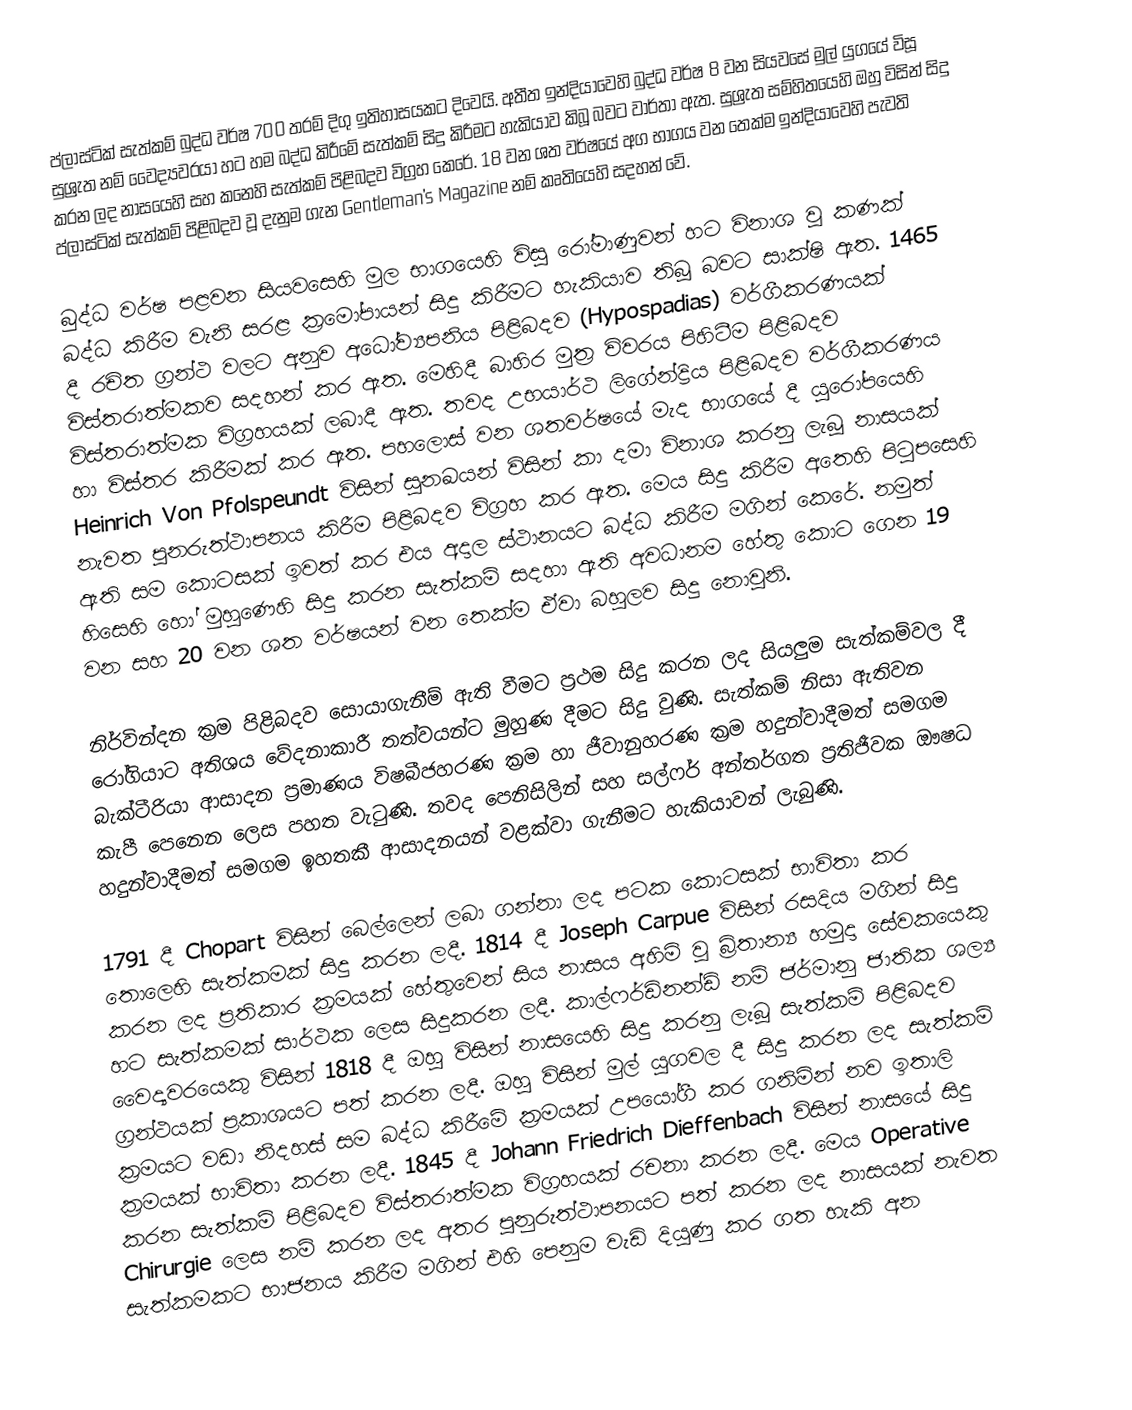
ප්ලාස්ටික් සැත්කම් බුද්ධ වර්ෂ 700 තරම් දිගු ඉතිහාසයකට දිවෙයි.  අතීත ඉන්දියාවෙහි බුද්ධ වර්ෂ 8 වන සියවසේ මුල් යුගයේ විසූ සුශ්‍රැත නම් වෛද්‍යවරයා හට හම බද්ධ කිරීමේ සැත්කම් සිදු කිරීම‍ට හැකියාව කිබූ බවට වාර්තා ඇත. සුශ්‍රැත සම්හිතයෙහි ඔහු විසින් සිදු කරන ලද නාසයෙහි සහ කනෙහි සැත්කම් පිළිබදව විග්‍රහ කෙරේ. 18 වන ශත වර්ෂයේ අග භාගය වන තෙක්ම ඉන්දියාවෙහි පැවති ප්ලාස්ටික් සැත්කම් පිළිබදව වූ දැනුම ගැන Gentleman’s Magazine නම් කෘතියෙහි සදහන් වේ.

බුද්ධ වර්ෂ පළවන සියවසෙහි මුල භාගයෙහි විසු රෝමාණුවන් හට විනාශ වූ කණක් බද්ධ කිරීම වැනි සරළ ක්‍රමෝපායන් සිදු කිරීමට හැකියාව තිබූ බවට සාක්ෂි ඇත. 1465 දී රචිත ග්‍රන්ථ වලට අනුව අධෝව්‍යපනිය පිළිබදව (Hypospadias) වර්ගීකරණයක් විස්තරාත්මකව සදහන් කර ඇත.  මෙහිදී බාහිර මුත්‍ර විවරය පිහිටීම පිළිබදව විස්තරාත්මක විග්‍රහයක් ලබාදී ඇත. තවද උභයාර්ථ ලිගේන්ද්‍රිය පිළිබදව වර්ගීකරණය හා විස්තර කිරීමක් කර ඇත. පහලොස් වන ශතවර්ෂයේ මැද භාගයේ දී යුරෝපයෙහි Heinrich Von Pfolspeundt  විසින් සුනඛයන් විසින් කා දමා විනාශ කරනු ලැබූ නාසයක් නැවත පුනරුත්ථාපනය කිරීම පිළිබදව විග්‍රහ කර ඇත. මෙය සිදු කිරීම අතෙහි පිටුපසෙහි ඇති සම කොටසක් ඉවත් කර එය අදාල ස්ථානයට බද්ධ කිරීම මගින් කෙරේ. නමුත් හිසෙහි හෝ මුහුණෙහි සිදු කරන සැත්කම් සදහා ඇති අවධානම හේතු කොට ගෙන 19 වන සහ 20 වන ශත වර්ෂයන් වන තෙක්ම ඒවා බහුලව  සිදු නොවුනි.

නිර්වින්දන ක්‍රම පිළිබදව සොයාගැනීම් ඇති වීමට ප්‍රථම සිදු කරන ලද සියලුම සැත්කම්වල දී රෝගියාට අතිශය වේදනාකාරී තත්වයන්ට මුහුණ දීමට සිදු වුණි. සැත්කම් නිසා ඇතිවන බැක්ටීරියා ආසාදන ප්‍රමාණය විෂබීජහරණ ක්‍රම හා ජීවානුහරණ ක්‍රම හදුන්වාදීමත් සමගම කැපී පෙනෙන ලෙස පහත වැටුණි. තවද පෙනිසිලින් සහ සල්ෆර් අන්තර්ගත ප්‍රතිජීවක ඖෂධ හදුන්වාදීමත් සමගම ඉහතකී ආසාදනයන් වළක්වා ගැනීමට හැකියාවන් ලැබුණි.

1791 දී Chopart විසින් බෙල්ලෙන් ලබා ගන්නා ලද පටක කොටසක් භාවිතා කර තොලෙහි සැත්කමක් සිදු කරන ලදී. 1814 දී Joseph Carpue විසින් රසදිය මගින් සිදු කරන ලද ප්‍රතිකාර ක්‍රමයක් හේතුවෙන් සිය නාසය අහිමි වූ බ්‍රිතාන්‍ය හමුදා සේවකයෙකු හට සැත්කමක් සාර්ථක ලෙස සිදුකරන ලදී. කාල්ෆර්ඩිනන්ඩ් නම් ජර්මානු ජාතික ශල්‍ය වෛද්‍යවරයෙකු විසින් 1818 දී ඔහු විසින් නාසයෙහි සිදු කරනු ලැබූ සැත්කම් පිළිබදව ග්‍රන්ථයක් ප්‍රකාශයට පත් කරන ලදී.  ඔහු විසින් මුල් යුගවල දී සිදු කරන ලද සැත්කම් ක්‍රමයට වඩා නිදහස් සම බද්ධ කිරීමේ ක්‍රමයක් උපයෝගී කර ගනිමින් නව ඉතාලි ක්‍රමයක් භාවිතා කරන ලදී. 1845 දී Johann Friedrich Dieffenbach විසින් නාසයේ සිදු කරන සැත්කම් පිළිබදව විස්තරාත්මක විග්‍රහයක් රචනා කරන ලදී. මෙය Operative Chirurgie ලෙස නම් කරන ලද අතර පුනුරුත්ථාපනයට පත් කරන ලද නාසයක් නැවත සැත්කමකට භාජනය කිරීම මගින් එහි පෙනුම වැඩි දියුණු කර ගත හැකි අන